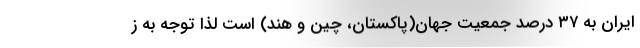
ایران به ۳۷ درصد جمعیت جهان(پاکستان، چین و هند) است لذا توجه به ز